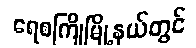
ရေစကြိုမြို့နယ်တွင်